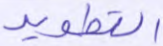
التطوير